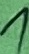
Text: 1